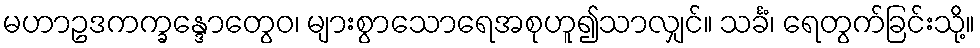
မဟာဥဒကက္ခန္ဒောတွေဝ၊ များစွာသောရေအစုဟူ၍သာလျှင်။ သင်္ခံ၊ ရေတွက်ခြင်းသို့။